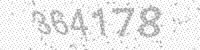
Solution: 364178